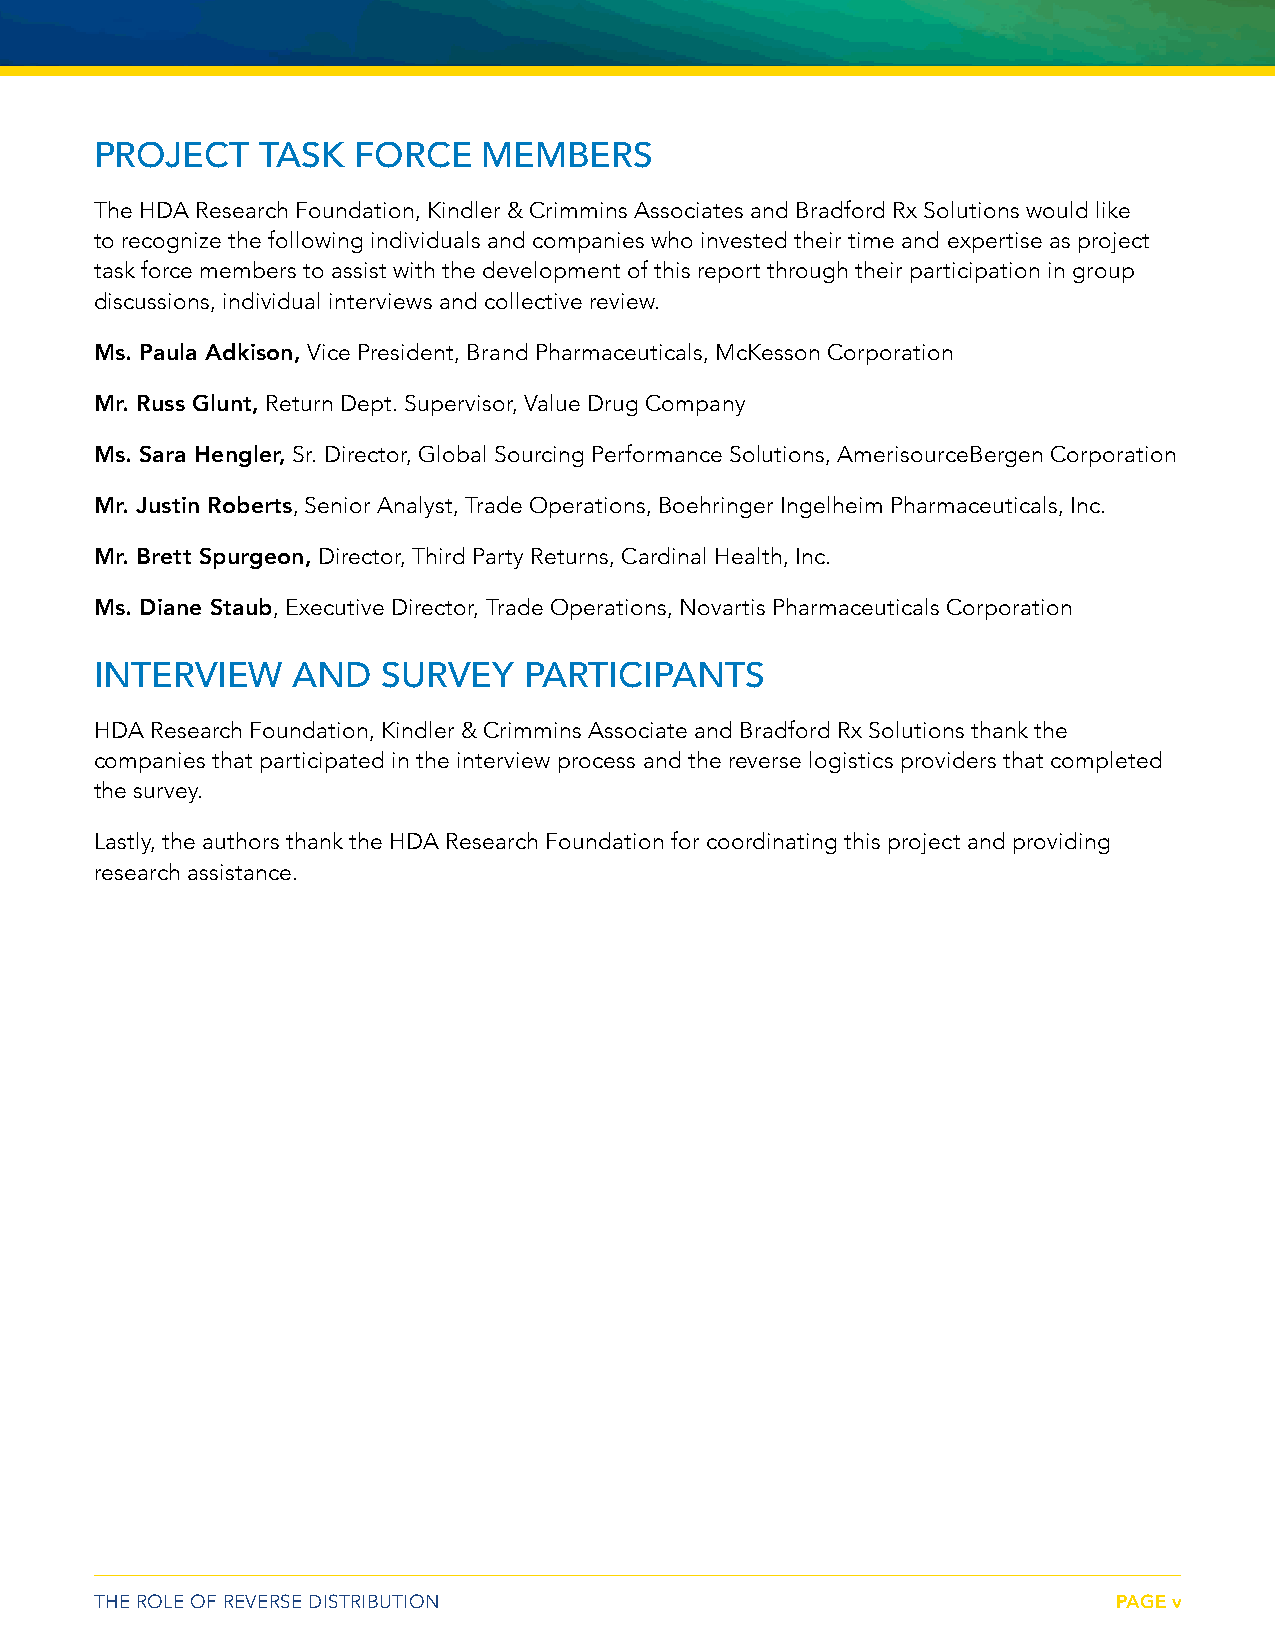
PROJECT    TASK  FORCE    MEMBERS
 The HDA Research Foundation, Kindler & Crimmins Associates and Bradford Rx Solutions would like
 to recognize the following individuals and companies who invested their time and expertise as project
 task force members to assist with the development of this report through their participation in group
 discussions, individual interviews and collective review.
 Ms. Paula Adkison, Vice President, Brand Pharmaceuticals, McKesson Corporation
 Mr. Russ Glunt, Return Dept. Supervisor, Value Drug Company
 Ms. Sara Hengler, Sr. Director, Global Sourcing Performance Solutions, AmerisourceBergen Corporation
 Mr. Justin Roberts, Senior Analyst, Trade Operations, Boehringer Ingelheim Pharmaceuticals, Inc.
 Mr. Brett Spurgeon, Director, Third Party Returns, Cardinal Health, Inc.
 Ms. Diane Staub, Executive Director, Trade Operations, Novartis Pharmaceuticals Corporation
 INTERVIEW    AND   SURVEY    PARTICIPANTS
 HDA Research Foundation, Kindler & Crimmins Associate and Bradford Rx Solutions thank the
 companies that participated in the interview process and the reverse logistics providers that completed
 the survey.
 Lastly, the authors thank the HDA Research Foundation for coordinating this project and providing
 research assistance.
 THE ROLE OF REVERSE DISTRIBUTION                                    PAGE v